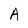
Character: A